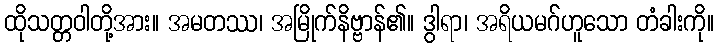
ထိုသတ္တဝါတို့အား။ အမတဿ၊ အမြိုက်နိဗ္ဗာန်၏။ ဒွါရာ၊ အရိယမဂ်ဟူသော တံခါးကို။